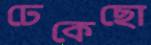
ঢেকেছো